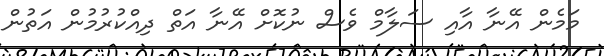
މަމެން އޭނާ އާއި ސަލާމް ވެސް ނުކޮށް އޭނާ އަތް ދިއްކުރުމުން އަތުން